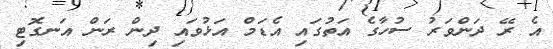
އެ ރޭ ދަންވަރު ސުހާގެ އަތުގައި އެޑަމް އަޅުވައި ދިން ރަން އަނގޮޓި